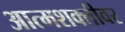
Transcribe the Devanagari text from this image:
आत्मशक्तीवर